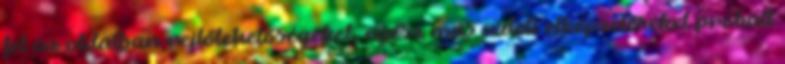
fel az oldalban rejlőlehetőségeket, egész más üzleti elképzeléseket próbált